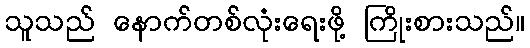
သူသည် နောက်တစ်လုံးရေးဖို့ ကြိုးစားသည်။